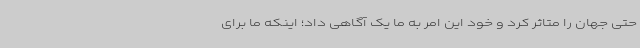
حتی جهان را متاثر کرد و خود این امر به ما یک آگاهی داد؛ اینکه ما برای